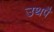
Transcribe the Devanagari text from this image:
उथपै